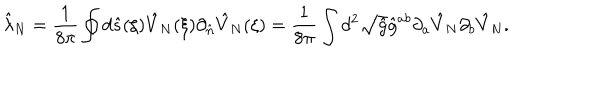
LaTeX: { \hat { \lambda } _ { N } } = { \frac { 1 } { 8 \pi } } \oint { d } \hat { s } ( \xi ) { \hat { V } _ { N } } ( \xi ) { \partial _ { \hat { n } } } { \hat { V } _ { N } } ( \xi ) = { \frac { 1 } { 8 \pi } } \int { d ^ { 2 } } \sqrt { \hat { g } } { \hat { g } ^ { a b } } { \partial _ { a } } { \hat { V } _ { N } } { \partial _ { b } } { \hat { V } _ { N } } .